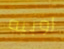
روبيه